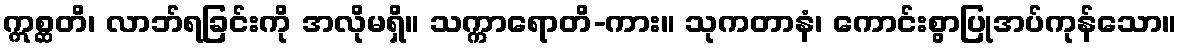
ဣစ္ဆတိ၊ လာဘ်ရခြင်းကို အလိုမရှိ။ သက္ကာရောတိ-ကား။ သုကတာနံ၊ ကောင်းစွာပြုအပ်ကုန်သော။